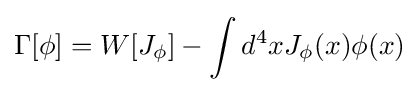
\Gamma [\phi ]=W[J_{\phi }]-\int d^{4}xJ_{\phi }(x)\phi (x)